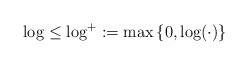
LaTeX: \begin{align*} \log \leq \log^+ := \max\left\{0, \log(\cdot)\right\} \end{align*}